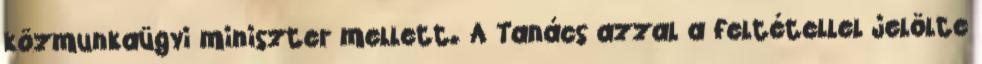
közmunkaügyi miniszter mellett. A Tanács azzal a feltétellel jelölte